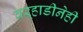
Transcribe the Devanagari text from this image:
वऱ्हाडीनेही